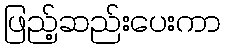
ဖြည့်ဆည်းပေးကာ